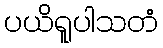
ပယိရူပါသတံ